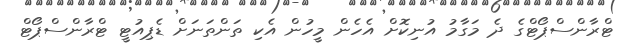
ޓްރާންސްޕޯޓްގެ ދެ މަގާމު އުނިކޮށް އެހެން މީހުން އެކި ތަންތަނަށް ޑެޕިއުޓީ ޓްރާންސްޕޯޓް